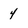
Character: 4